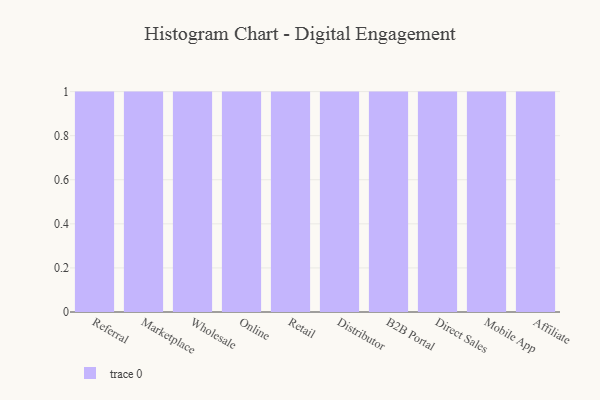
{"axis": {"x": "Channel", "y": "Operating Costs (USD K)"}, "legend": [""], "data": [{"x": "Referral", "y": 27, "type": ""}, {"x": "Marketplace", "y": 92, "type": ""}, {"x": "Wholesale", "y": 49, "type": ""}, {"x": "Online", "y": 43, "type": ""}, {"x": "Retail", "y": 72, "type": ""}, {"x": "Distributor", "y": 15, "type": ""}, {"x": "B2B Portal", "y": 48, "type": ""}, {"x": "Direct Sales", "y": 84, "type": ""}, {"x": "Mobile App", "y": 57, "type": ""}, {"x": "Affiliate", "y": 81, "type": ""}]}